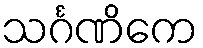
သင်္ဂဏိကေ